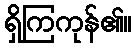
ရှိကြကုန်၏။